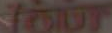
YOUT